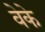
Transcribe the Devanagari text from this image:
वेके